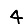
Digit: 4